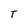
Character: T